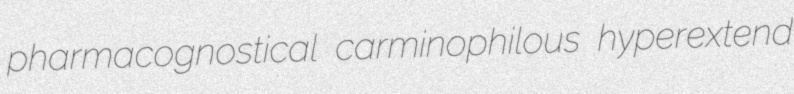
pharmacognostical carminophilous hyperextend